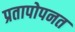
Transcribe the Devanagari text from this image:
प्रतापोपनत